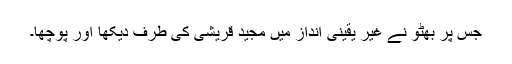
جس پر بھٹو نے غیر یقینی انداز میں مجید قریشی کی طرف دیکھا اور پوچھا۔